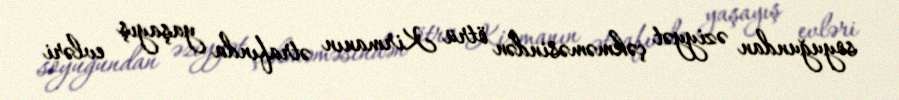
soyuğundan əziyyət çəkməməsindən ötrü Kirmanın ətrafında yaşayış evləri